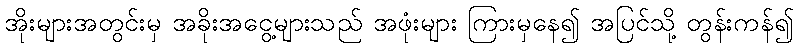
အိုးများအတွင်းမှ အခိုးအငွေ့များသည် အဖုံးများ ကြားမှနေ၍ အပြင်သို့ တွန်းကန်၍